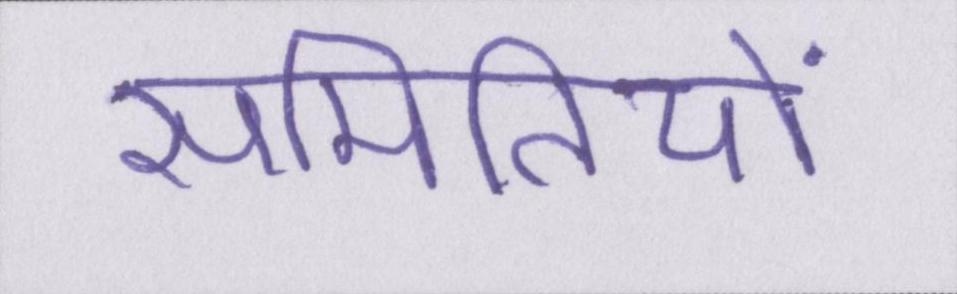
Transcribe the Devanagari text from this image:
समितियों